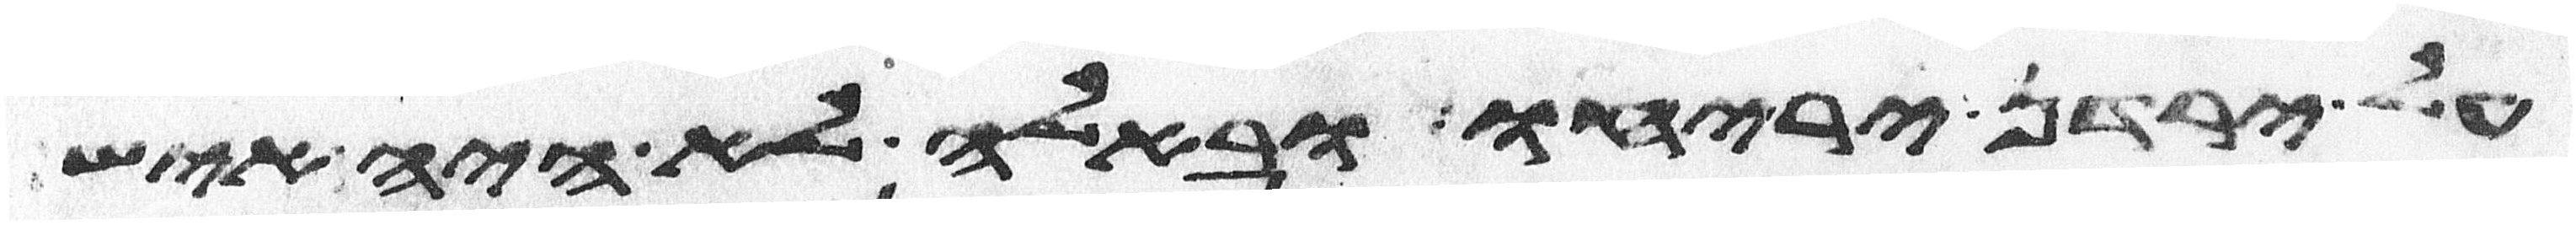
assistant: על ירדן יריחו ובאלה לא היה איש